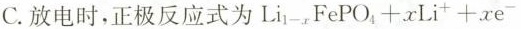
C.放电时，正极反应式为$$Li_{1-x}FePO_{4}+xLi^{+}+xe^{-}$$